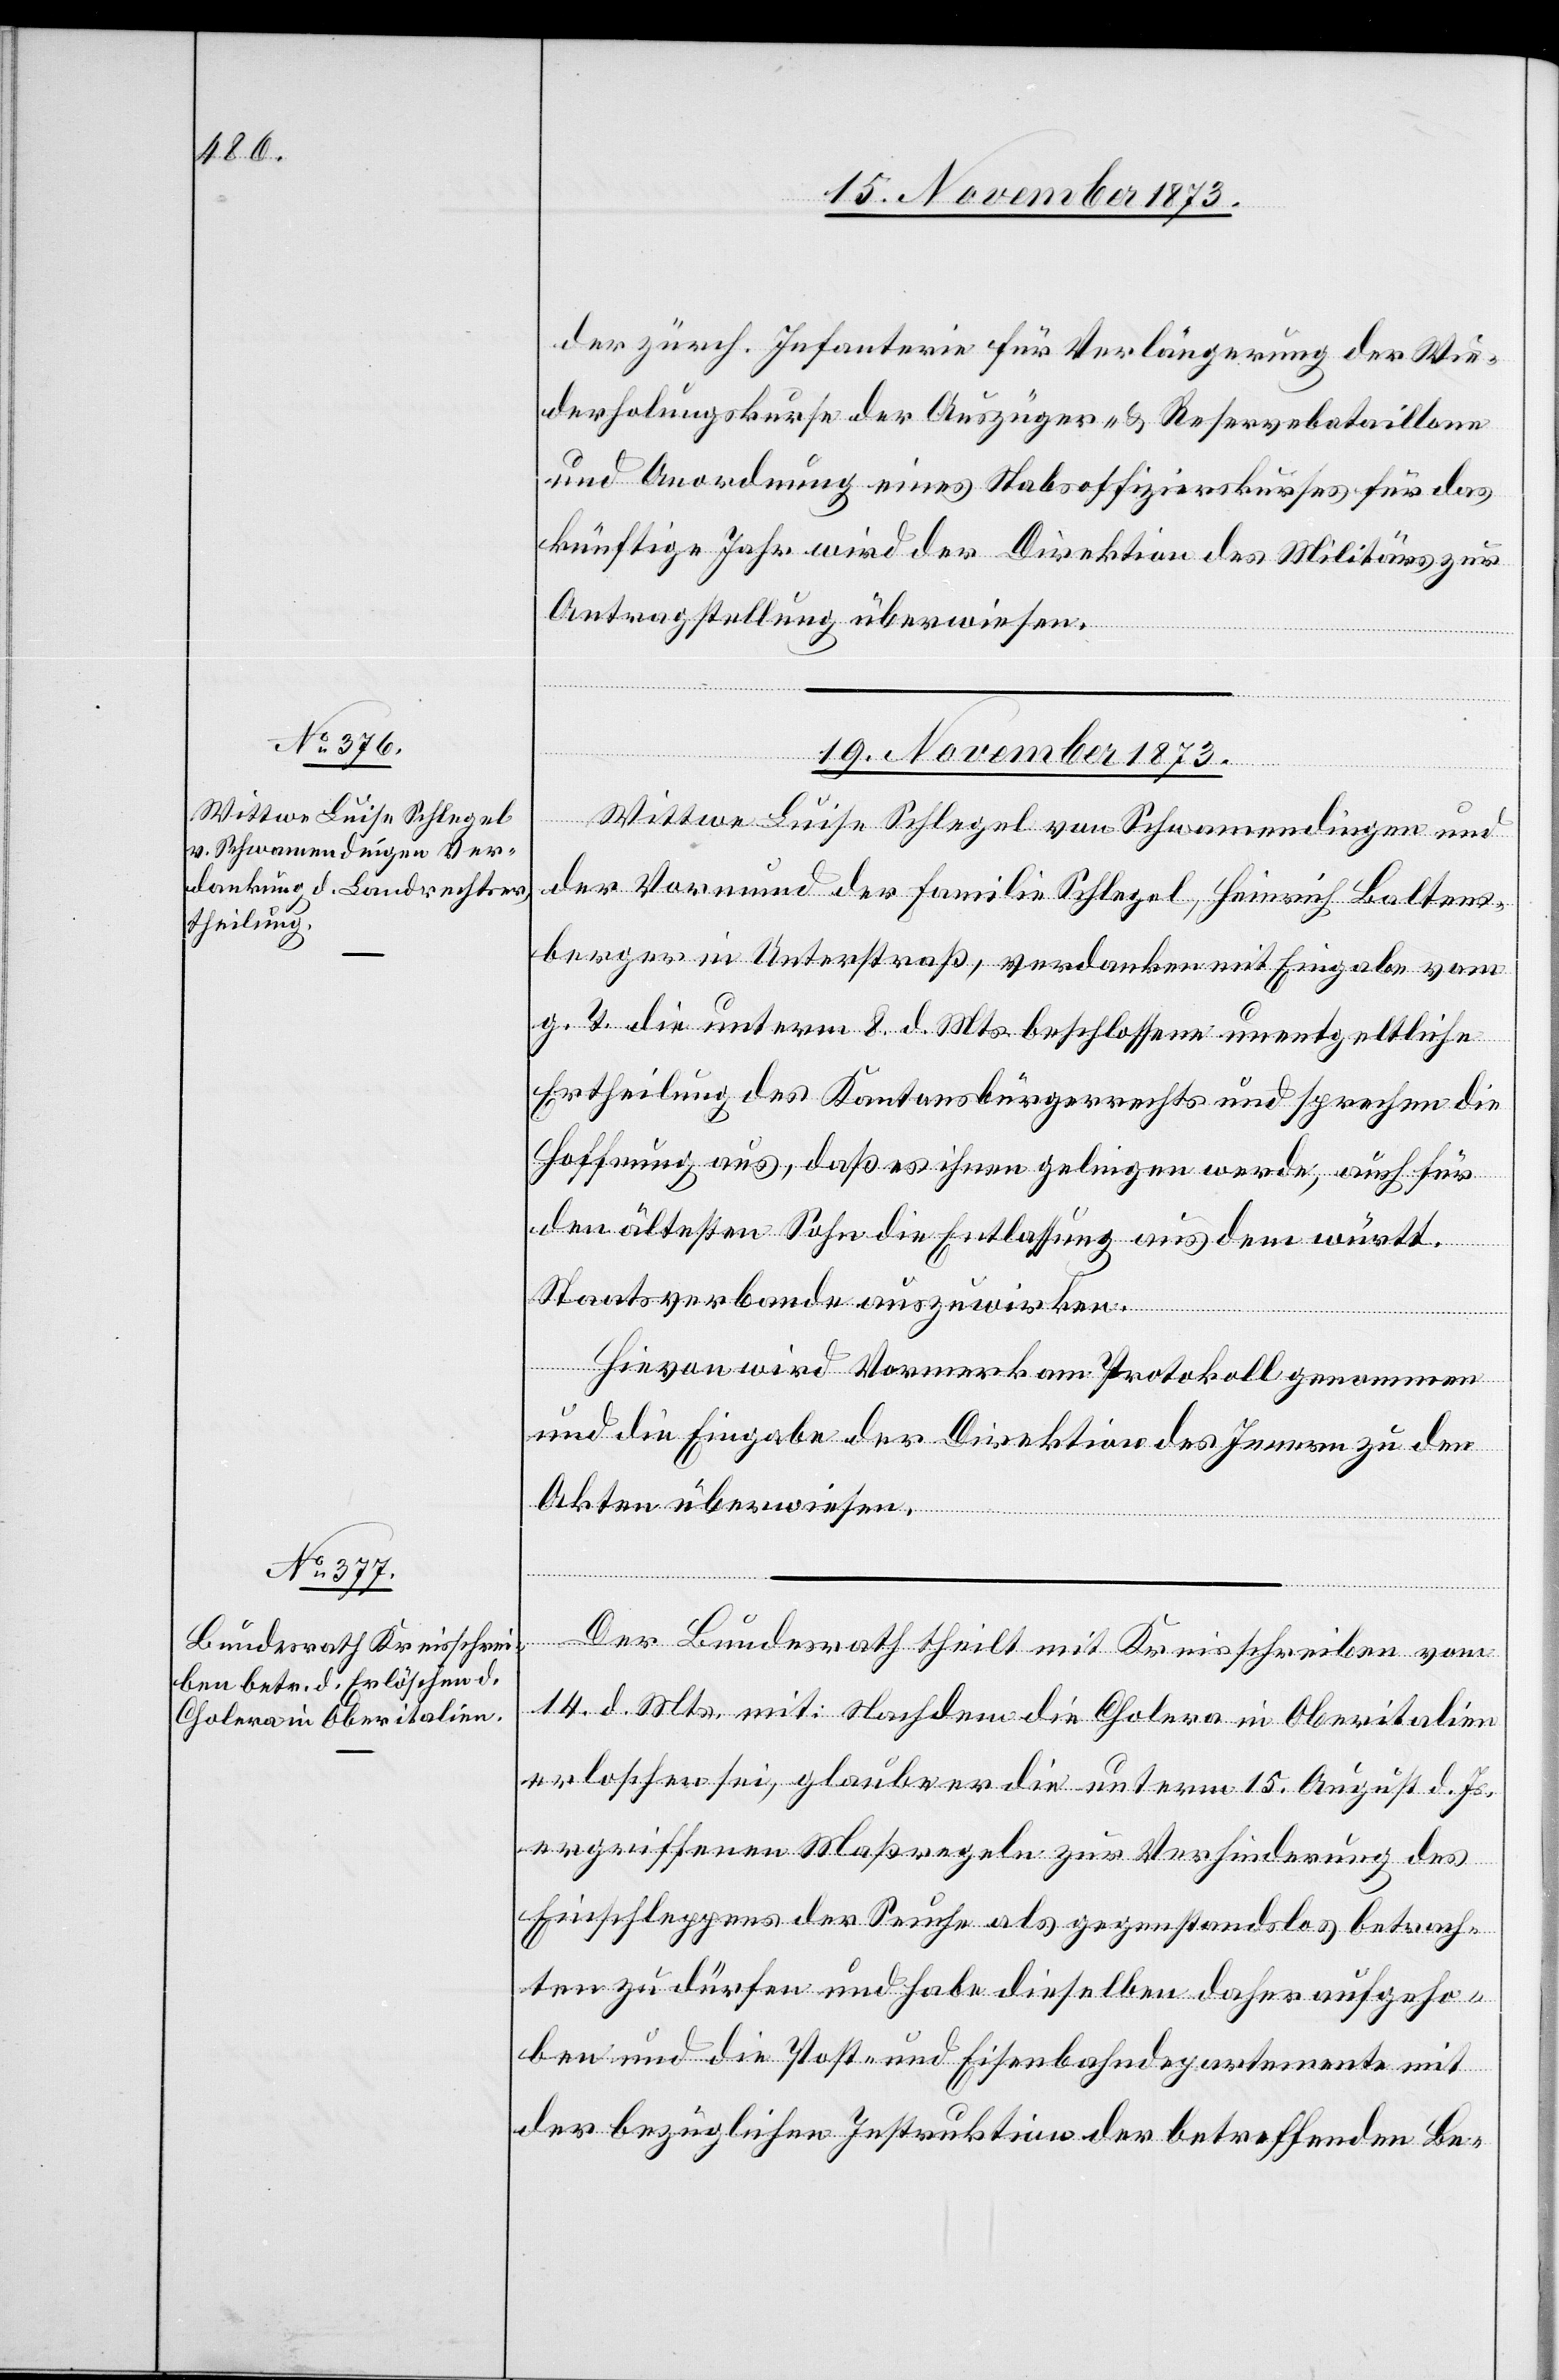
der zürch. Infanterie für Verlängerung der Wie¬
derholungskurse der Auszüger- & Reservebataillone
und Anordnung eines Stabsoffizierskurses für das
künftige Jahr wird der Direktion des Militärs zur
Antragstellung überwiesen.
19. November 1873.]
Wittwe Luise Schlegel von Schwamendingen und
der Vormund der Familie Schlegel, Heinrich Baltens¬
berger in Unterstraß, verdanken mit Eingabe vom
g. T. die unterm 8. d. Mts. beschlossene unentgeltliche
Ertheilung des Kantonsbürgerrechts und sprechen die
Hoffnung aus, daß es ihnen gelingen werde, auch für
den ältesten Sohn die Entlassung aus dem württ.
Staatsverbande auszuwirken.
Hievon wird Vormerk am Protokoll genommen
und die Eingabe der Direktion des Innern zu den
Akten überwiesen.
Der Bundesrath theilt mit Kreisschreiben vom
14. d. Mts. mit: Nachdem die Cholera in Oberitalien
erloschen sei, glaube er die unterm 15. August d. Js.
ergriffenen Maßregeln zur Verhinderung des
Einschleppens der Seuche als gegenstandslos betrach¬
ten zu dürfen und habe dieselben daher aufgeho¬
ben und die Post- und Eisenbahndepartemente mit
der bezüglichen Instruktion der betreffenden Be-